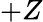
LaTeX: +Z